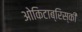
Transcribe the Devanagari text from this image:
ओकिटाब्रिस्की